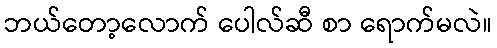
ဘယ်တော့လောက် ပေါလ်ဆီ စာ ရောက်မလဲ။